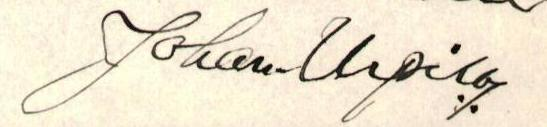
Johan Urpila